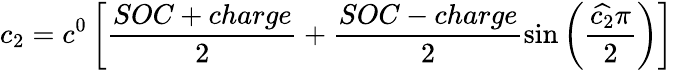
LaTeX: c_{2}=c^{0}\left[\frac{SOC+charge}{2}+\frac{SOC-charge}{2}\sin\left(\frac{\widehat{c_{2}}\pi}{2}\right)\right]